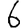
Digit: 6